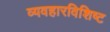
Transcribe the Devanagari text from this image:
व्यवहारविशिष्ट